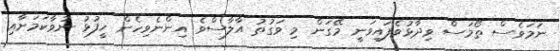
ނަމަވެސް ތޯމަސް ވިދާޅުވެފައިވަނީ މޭގަން މި ވަގުތު އާލާސްވެ އިންނެވިހެން ހީފުޅު ނުވާކަމަށާއި